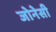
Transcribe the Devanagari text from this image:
जोनेसी